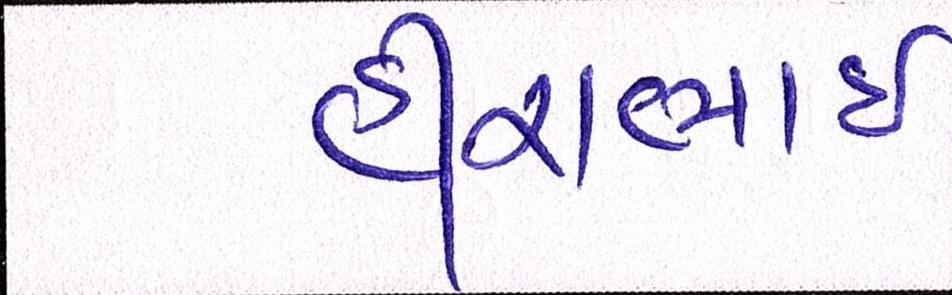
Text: હીરાભાઇ